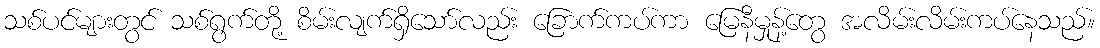
သစ်ပင်များတွင် သစ်ရွက်တို့ စိမ်းလျက်ရှိသော်လည်း ခြောက်ကပ်ကာ မြေနီမှုန့်တွေ အလိမ်းလိမ်းကပ်နေသည်။